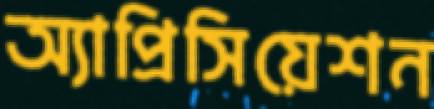
অ্যাপ্রিসিয়েশন